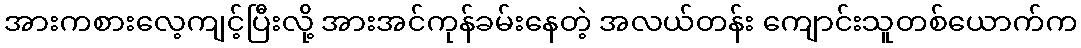
အားကစားလေ့ကျင့်ပြီးလို့ အားအင်ကုန်ခမ်းနေတဲ့ အလယ်တန်း ကျောင်းသူတစ်ယောက်က